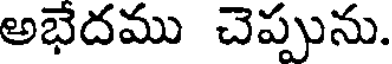
అభేదము చెప్పును.